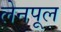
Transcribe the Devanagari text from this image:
लेनपूल